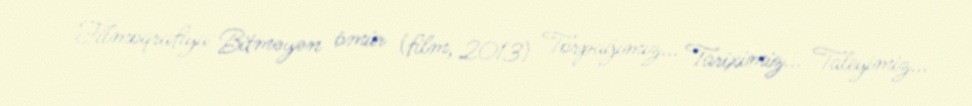
Filmoqrafiya Bitməyən ömür (film, 2013) Torpağımız... Tariximiz... Taleyimiz...